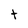
Character: t